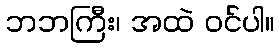
ဘဘကြီး၊ အထဲ ဝင်ပါ။